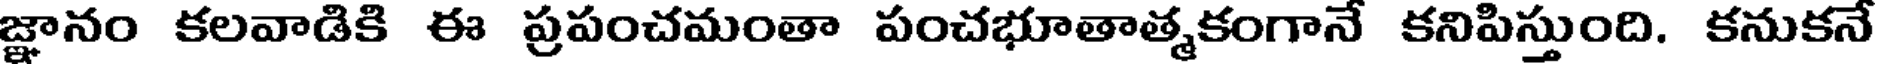
జ్ఞానం కలవాడికి ఈ ప్రపంచమంతా పంచభూతాత్మకంగానే కనిపిస్తుంది. కనుకనే